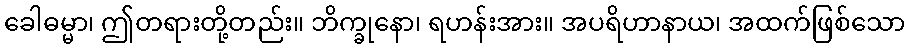
ခေါဓမ္မာ၊ ဤတရားတို့တည်း။ ဘိက္ခုနော၊ ရဟန်းအား။ အပရိဟာနာယ၊ အထက်ဖြစ်သော